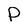
Character: P